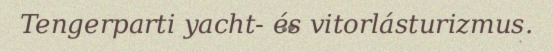
Tengerparti yacht- és vitorlásturizmus.